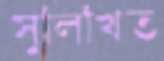
সুলিখিত